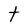
Character: t